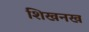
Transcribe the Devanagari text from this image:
शिखनख